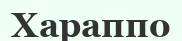
Хараппо